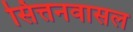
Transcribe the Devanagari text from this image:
सित्तनवासल